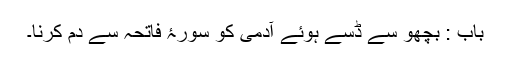
باب : بچھو سے ڈسے ہوئے آدمی کو سورۂ فاتحہ سے دم کرنا۔